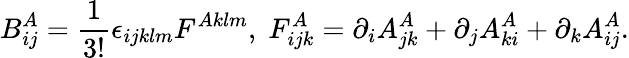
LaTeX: B_{ij}^{A}=\frac{1}{3!}\epsilon_{ijklm}F^{Aklm},\; F_{ijk}^{A}=\partial_{i}A_{jk}^{A}+\partial_{j}A_{ki}^{A}+\partial_{k}A_{ij}^{A}.